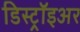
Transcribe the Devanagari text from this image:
डिस्ट्रॉइअर